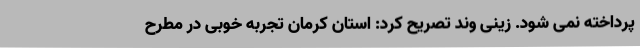
پرداخته نمی شود. زینی وند تصریح کرد: استان کرمان تجربه خوبی در مطرح